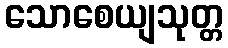
သောစေယျသုတ္တ